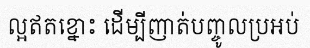
ល្អឥតខ្នោះ ដើម្បីញាត់បញ្ចូលប្រអប់